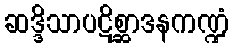
ဆဒ္ဒိသာပဋိစ္ဆာဒနကဏ္ဍံ